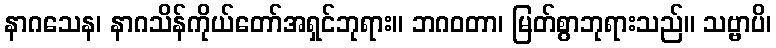
နာဂသေန၊ နာဂသိန်ကိုယ်တော်အရှင်ဘုရား။ ဘဂဝတာ၊ မြတ်စွာဘုရားသည်။ သဗ္ဗာပိ၊